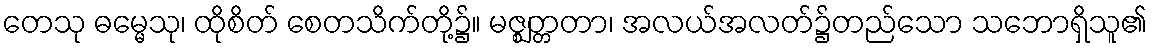
တေသု ဓမ္မေသု၊ ထိုစိတ် စေတသိက်တို့၌။ မဇ္ဈတ္တတာ၊ အလယ်အလတ်၌တည်သော သဘောရှိသူ၏